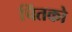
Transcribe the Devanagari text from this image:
चिंतको